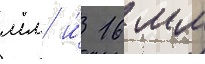
мм и́ 16 мм